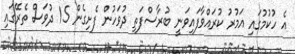
އެ ހުކުމުގައި އަމުރު ކުރައްވާފައިވަނީ ބުރާސްފަތި ދުވަހުން ފެށިގެން 15 ދުވަސް ތެރޭގައި